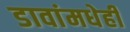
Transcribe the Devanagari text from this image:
डावांमधेही